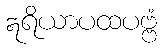
ဣရိယာပထပဗ္ဗံ